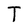
Character: T